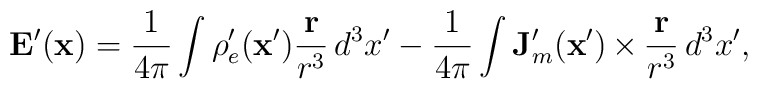
\mathbf{E}^\prime(\mathbf{x}) =\frac{1}{4\pi}\int\rho_e^\prime(\mathbf{x}')\frac{\mathbf{r}}{r^3}\,d^3x'\\-\frac{1}{4\pi}\int\mathbf{J}_m^\prime (\mathbf{x}')\,{\bf\times}\,\frac{\mathbf{r}}{r^3}\,d^3x',